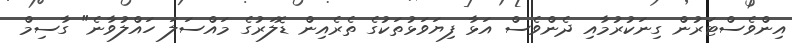
އިންވެސްޓަރުން ގިނަކުރުމާއި ދެންވެސް އަޅާ ފިޔަވަޅުތަކުގެ ތެރެއިން ޑޮލަރުގެ މައްސަލަ ހައްލުވާނެ" ގާސިމް